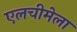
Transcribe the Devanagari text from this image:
एलचीमेला